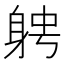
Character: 𨉂